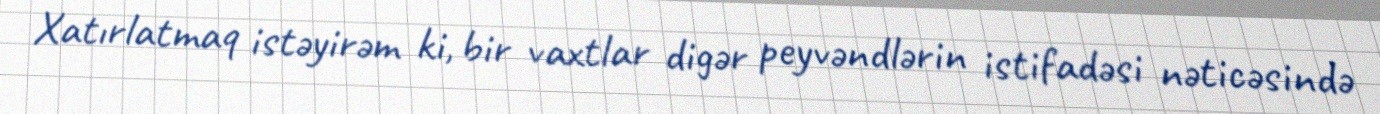
Xatırlatmaq istəyirəm ki, bir vaxtlar digər peyvəndlərin istifadəsi nəticəsində